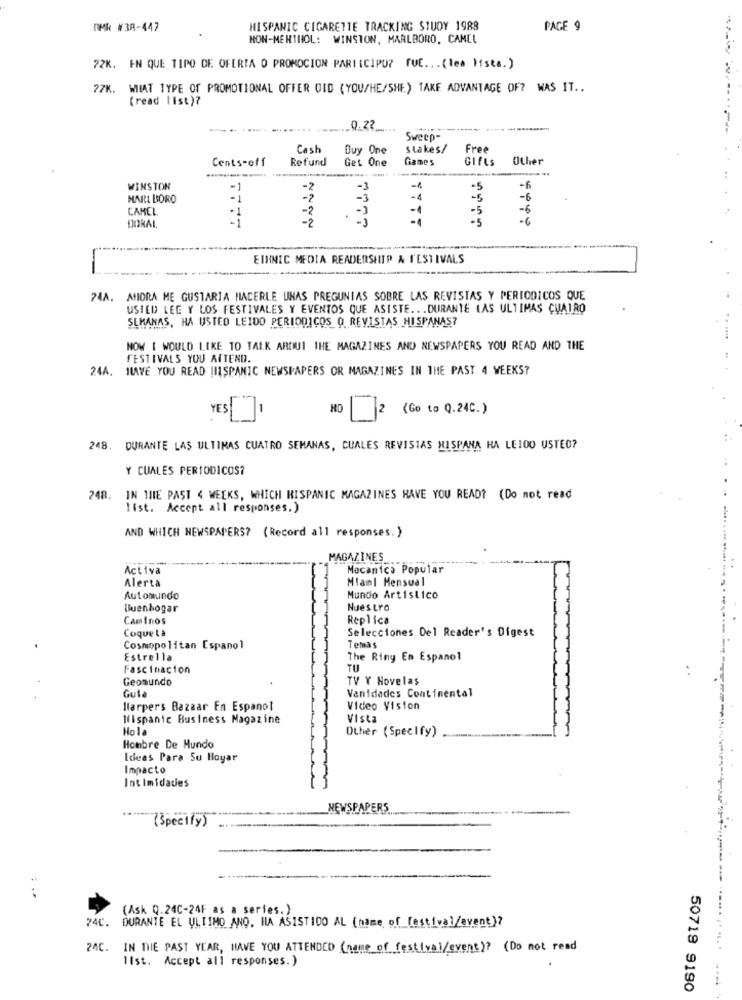
RMK #38-447
HISPANIC CIGARETTE TRACKING STUDY 1988
PAGE 9
NON-MERTHOL: WINSTON, MARLBORO, CAMEL
72K. EN QUE TIPO DE OFERTA O PROMOCION PARTICIPU? FUE ... (tea Ista.)
WIAT TYPE OF PROMOTIONAL OFFER OID (YOU/HE/SHE.) TAKE ADVANTAGE OF? WAS IT ..
(read list)?
... 0.22
---------
Sweep-
Cash
Buy One
stakes/
Free
Cents-off
Refund
Get One
Games
GIfLs
Other
WINSTON
-2
-3
-4
.5
-6
MARL BORO
-2
-3
-1
-5
-6
CAMEL
-2
- )
-1
-5
-6
-1
-2
.
-1
-5
. 6
EINNIC MEDIA READERSHIP & FESTIVALS
74A. MIORA ME GUSTARIA HACERLE UNAS PREGUNTAS SOBRE LAS REVISTAS Y PERIODICOS QUE
USTED LEE Y LOS FESTIVALES Y EVENTOS QUE ASISTE ... DURANTE LAS ULTIMAS CUATRO
SEMANAS, HA USTED LEIDO PERIODICOS Q REVISTAS HISPANAS?
NOW I WOULD LIKE TO TALK ARDUI THE MAGAZINES AND NEWSPAPERS YOU READ AND THE
FESTIVALS YOU AITEND.
24A. ILAVE YOU READ HISPANIC NEWSPAPERS OR MAGAZINES IN THE PAST 4 WEEKS?
YES
2 (Go to Q.24C.)
248. DURANTE LAS ULTIMAS CUATRO SEMANAS, CUALES REVISTAS HISPANA HA LEIDO USTED?
Y CUALES PERIODICOS?
248. IN THE PAST 4 WEEKS, WHICH HISPANIC MAGAZINES HAVE YOU READ? (Do not read
list. Accept all responses.)
AND WHICH NEWSPAPERS? (Record all responses. )
MAGAZINES
Activa
Mecanica Popular
Alerta
MIaml Mensual
Automundo
Mundo Artistico
Buenhogar
Nuestro
Caminos
Replica
Coqueta
Selecciones Del Reader's Digest
Cosmopolitan Espanol
Temas
Estrella
The Ring En Espanol
Fascinacion
TU
Geomundo
TV Y Novelas
Gute
Vanidades Continental
Harper's Bazaar En Espanol
Video Vision
liispanic Business Magazine
Vista
Hola
Other (Specify)
Hombre De Mundo
Ideas Para Su Hoyar
Impacto
Intimidades
NEWSPAPERS
(Specify)
(Ask Q.24C-24F as a series. )
74C.
DURANTE EL ULTIMO ANO. HA ASISTIDO AL (name of _[estival/event)?
24C. IN THE PAST YEAR, HAVE YOU ATTENDED (name of festival/event)? (Do not read
.... .. ....
list. Accept all responses.)
50719 9190